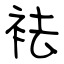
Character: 袪